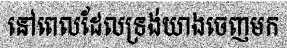
នៅពេលដែលទ្រង់យាងចេញមក